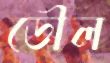
ডৌল